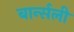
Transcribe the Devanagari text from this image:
बार्न्सली